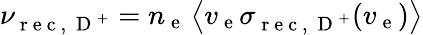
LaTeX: \nu_{\mathrm{~r~e~c~,~}\mathrm{~D~}^{+}}=n_{\mathrm{~e~}}\left\langle v_{\mathrm{~e~}}\sigma_{\mathrm{~r~e~c~,~}\mathrm{~D~}^{+}}(v_{\mathrm{~e~}})\right\rangle